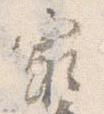
最